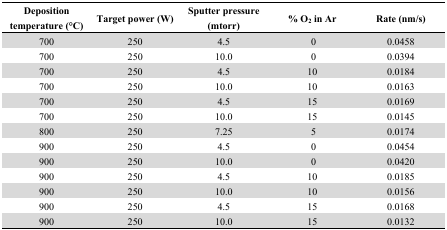
| Deposition temperature (°C) | Target power (W) | Sputter pressure (mtorr) | % O2 in Ar | Rate (nm/s) |
 | --- | --- | --- | --- | --- |
 | 700 | 250 | 4.5 | 0 | 0.0458 |
 | 700 | 250 | 10.0 | 0 | 0.0394 |
 | 700 | 250 | 4.5 | 10 | 0.0184 |
 | 700 | 250 | 10.0 | 10 | 0.0163 |
 | 700 | 250 | 4.5 | 15 | 0.0169 |
 | 700 | 250 | 10.0 | 15 | 0.0145 |
 | 800 | 250 | 7.25 | 5 | 0.0174 |
 | 900 | 250 | 4.5 | 0 | 0.0454 |
 | 900 | 250 | 10.0 | 0 | 0.0420 |
 | 900 | 250 | 4.5 | 10 | 0.0185 |
 | 900 | 250 | 10.0 | 10 | 0.0156 |
 | 900 | 250 | 4.5 | 15 | 0.0168 |
 | 900 | 250 | 10.0 | 15 | 0.0132 |